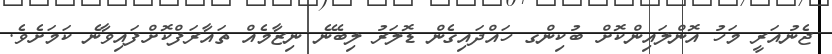
ޖެނުއަރީ މަހު އޮންލައިންކޮށް ބުކިންގ ހައްދައިގެން ޑޮލަރު ލިބޭނެ ނިޒާމެއް ތައާރަފްކޮށްފައިވާނެ ކަމަށެވެ.